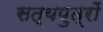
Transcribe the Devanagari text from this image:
सत्यपुत्रों